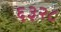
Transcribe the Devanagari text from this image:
६३२८